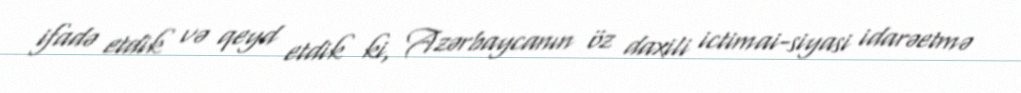
ifadə etdik və qeyd etdik ki, Azərbaycanın öz daxili ictimai-siyasi idarəetmə